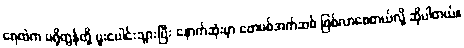
ရေထဲက ပရိုတွန်တို့ ပူးပေါင်းသွားပြီး နောက်ဆုံးမှာ ဖောမစ်အက်ဆစ် ဖြစ်လာစေတယ်လို့ ဆိုပါတယ်။